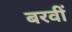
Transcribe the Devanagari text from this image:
बरवीं